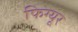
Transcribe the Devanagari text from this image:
फिग्यूर